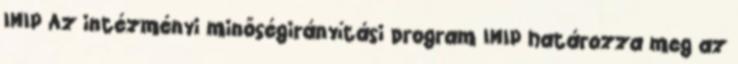
IMIP Az intézményi minőségirányítási program IMIP határozza meg az